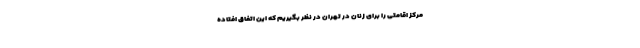
مرکز اقامتی را برای زنان در تهران در نظر بگیریم که این اتفاق افتاده